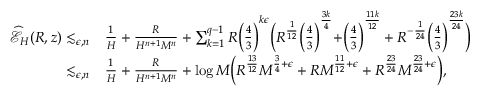
\begin{array} { r l } { \widehat { \mathcal { E } } _ { H } ( R , z ) \lesssim _ { \epsilon , n } } & { \frac { 1 } { H } + \frac { R } { H ^ { n + 1 } M ^ { n } } + \sum _ { k = 1 } ^ { q - 1 } R \biggr ( \frac { 4 } { 3 } \biggr ) ^ { k \epsilon } \biggr ( R ^ { \frac { 1 } { 1 2 } } \biggr ( \frac { 4 } { 3 } \biggr ) ^ { \frac { 3 k } { 4 } } + \biggr ( \frac { 4 } { 3 } \biggr ) ^ { \frac { 1 1 k } { 1 2 } } + R ^ { - \frac { 1 } { 2 4 } } \biggr ( \frac { 4 } { 3 } \biggr ) ^ { \frac { 2 3 k } { 2 4 } } \biggr ) } \\ { \lesssim _ { \epsilon , n } } & { \frac { 1 } { H } + \frac { R } { H ^ { n + 1 } M ^ { n } } + \log M \biggr ( R ^ { \frac { 1 3 } { 1 2 } } M ^ { \frac { 3 } { 4 } + \epsilon } + R M ^ { \frac { 1 1 } { 1 2 } + \epsilon } + R ^ { \frac { 2 3 } { 2 4 } } M ^ { \frac { 2 3 } { 2 4 } + \epsilon } \biggr ) , } \end{array}